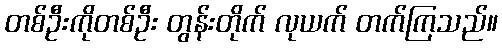
တစ်ဦးကိုတစ်ဦး တွန်းတိုက် လုယက် တက်ကြသည်။